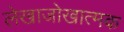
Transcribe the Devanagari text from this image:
लेखाजोखात्मक